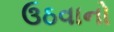
ઉઠવાનો